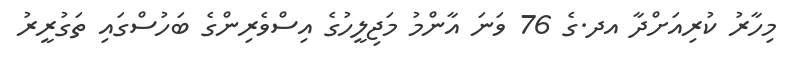
މިހާރު ކުރިއަށްދާ އދ.ގެ 76 ވަނަ އާންމު މަޖިލީހުގެ އިސްވެރިންގެ ބަހުސްގައި ތަގުރީރު